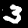
Digit: 3